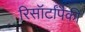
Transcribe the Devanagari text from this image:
रिसॉर्टांपैकी